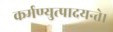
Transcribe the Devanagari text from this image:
कर्मण्युत्पादयन्ते।